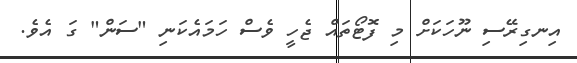
އިނގިރޭސި ނޫހަކަށް މި ފޮޓޯތައް ޖެހީ ވެސް ހަމައެކަނި "ސަން" ގަ އެވެ.